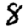
Digit: 8